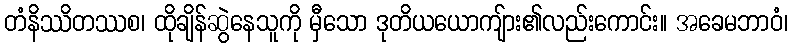
တံနိဿိတဿစ၊ ထိုချိန်ဆွဲနေသူကို မှီသော ဒုတိယယောကျ်ား၏လည်းကောင်း။ အခေမဘာဝံ၊